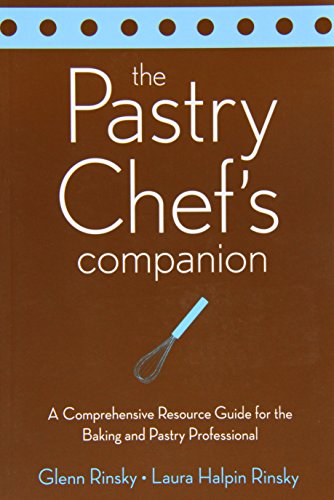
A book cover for The Pastry Chef's Companion: A Comprehensive Resource Guide for the Baking and Pastry Professional; Glenn Rinsky; Cookbooks, Food & Wine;